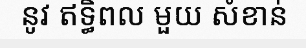
នូវ ឥទ្ធិពល មួយ សំខាន់